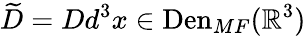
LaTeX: \widetilde{D}=Dd^{3}x\in\mathrm{Den}_{MF}(\mathbb{R}^{3})